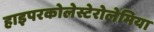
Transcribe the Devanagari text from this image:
हाइपरकोलेस्टेरोलेमिया